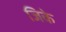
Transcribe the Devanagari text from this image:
जिके